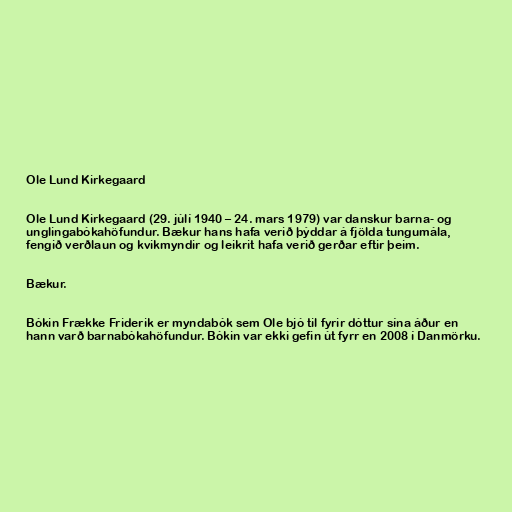
Ole Lund Kirkegaard

Ole Lund Kirkegaard (29. júlí 1940 – 24. mars 1979) var danskur barna- og
unglingabókahöfundur. Bækur hans hafa verið þýddar á fjölda tungumála,
fengið verðlaun og kvikmyndir og leikrit hafa verið gerðar eftir þeim.

Bækur.

Bókin Frække Friderik er myndabók sem Ole bjó til fyrir dóttur sína áður en
hann varð barnabókahöfundur. Bókin var ekki gefin út fyrr en 2008 í Danmörku.